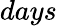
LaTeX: days